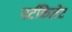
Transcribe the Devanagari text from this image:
पर्टकिलेट